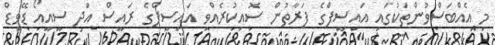
މި އެއްބަސްވުންތަކުގައި އައިސީފްގެ ފަރާތުން ސޮއިކުރެއްވި އައިސީފްގެ ރައީސް އަދި ސީއީއޯ ޑޭވިޑް